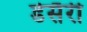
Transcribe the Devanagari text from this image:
डेसैरी